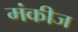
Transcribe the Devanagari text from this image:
मंकीज